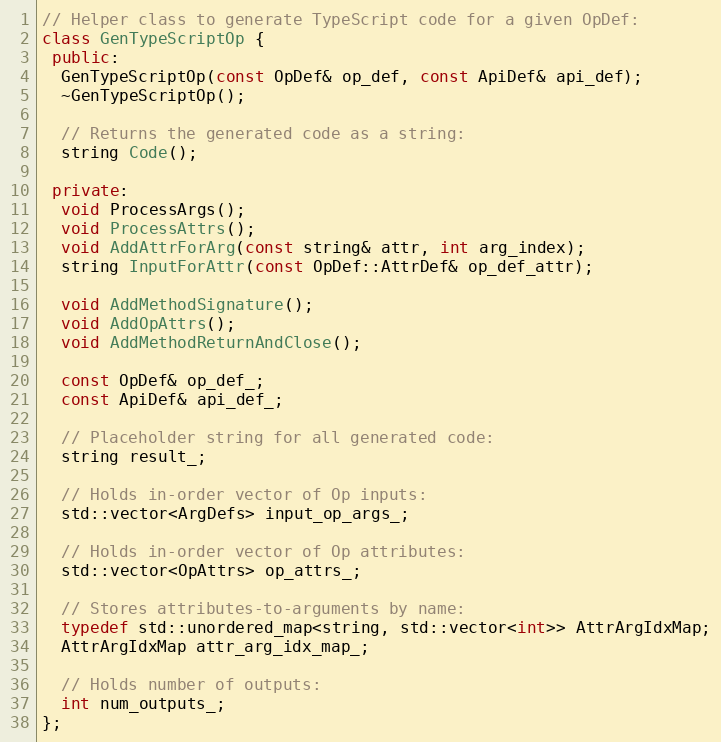
Language: C++
// Helper class to generate TypeScript code for a given OpDef:
class GenTypeScriptOp {
 public:
  GenTypeScriptOp(const OpDef& op_def, const ApiDef& api_def);
  ~GenTypeScriptOp();

  // Returns the generated code as a string:
  string Code();

 private:
  void ProcessArgs();
  void ProcessAttrs();
  void AddAttrForArg(const string& attr, int arg_index);
  string InputForAttr(const OpDef::AttrDef& op_def_attr);

  void AddMethodSignature();
  void AddOpAttrs();
  void AddMethodReturnAndClose();

  const OpDef& op_def_;
  const ApiDef& api_def_;

  // Placeholder string for all generated code:
  string result_;

  // Holds in-order vector of Op inputs:
  std::vector<ArgDefs> input_op_args_;

  // Holds in-order vector of Op attributes:
  std::vector<OpAttrs> op_attrs_;

  // Stores attributes-to-arguments by name:
  typedef std::unordered_map<string, std::vector<int>> AttrArgIdxMap;
  AttrArgIdxMap attr_arg_idx_map_;

  // Holds number of outputs:
  int num_outputs_;
};